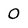
Character: 0